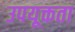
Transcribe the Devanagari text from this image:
उपयूक्तता